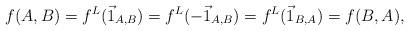
LaTeX: \begin{align*}f(A,B)=f^L(\vec 1_{A,B})=f^L(-\vec 1_{A,B})=f^L(\vec 1_{B,A})=f(B,A),\end{align*}